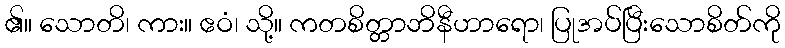
၏။ သောတိ၊ ကား။ ဧဝံ၊ သို့။ ကတစိတ္တာဘိနီဟာရော၊ ပြုအပ်ပြီးသောစိတ်ကို